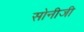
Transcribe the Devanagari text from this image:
सोनीजी